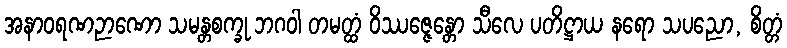
အနာဝရဏဉာဏော သမန္တစက္ခု ဘဂဝါ တမတ္ထံ ဝိဿဇ္ဇေန္တော သီလေ ပတိဋ္ဌာယ နရော သပညော, စိတ္တံ